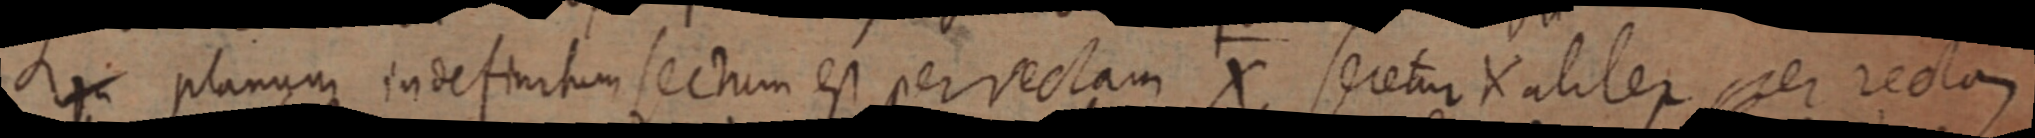
In planum indefinitum sectum est per rectam X, seretur X aliter per rectam